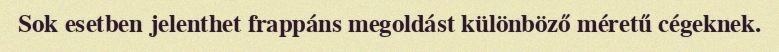
Sok esetben jelenthet frappáns megoldást különböző méretű cégeknek.